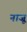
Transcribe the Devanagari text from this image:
नाजू